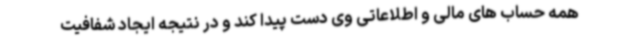
همه حساب های مالی و اطلاعاتی وی دست پیدا کند و در نتیجه ایجاد شفافیت